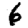
Digit: 6